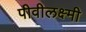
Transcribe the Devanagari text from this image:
पीवीलक्ष्मी